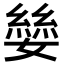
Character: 𪦥